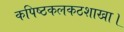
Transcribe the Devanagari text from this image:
कपिष्ठकलकठशाखा।